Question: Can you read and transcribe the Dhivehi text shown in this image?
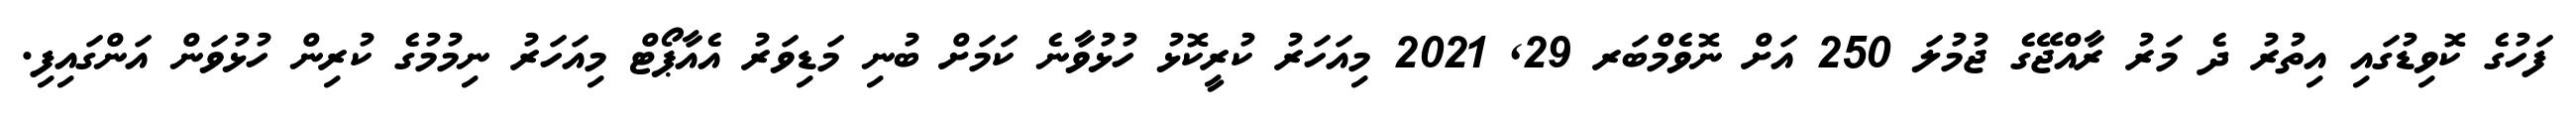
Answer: ފަހުގެ ކޮވިޑުގައި އިތުރު ދެ މަރު ރާއްޖޭގެ ޖުމުލަ 250 އަށް ނޮވެމްބަރ 29, 2021 މިއަހަރު ކުރީކޮޅު ހުޅުވާނެ ކަމަށް ބުނި މަޑިވަރު އެއާޕޯޓް މިއަހަރު ނިމުމުގެ ކުރިން ހުޅުވަން އަންގައިފި.